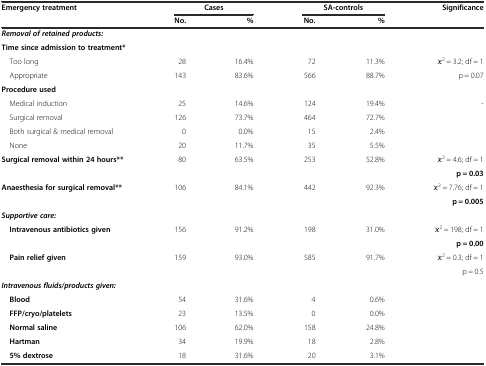
| <ROWSPAN=2> Emergency treatment |  | Cases |  | SA-controls | Significance |
 | No. | % | No. | % |  |
 | --- | --- | --- | --- | --- | --- |
 | <COLSPAN=6> Removal of retained products: |
 | Time since admission to treatment* |  |  |  |  |  |
 | Too long | 28 | 16.4% | 72 | 11.3% | κ2 = 3.2; df = 1 |
 | Appropriate | 143 | 83.6% | 566 | 88.7% | p = 0.07 |
 | Procedure used |  |  |  |  |  |
 | Medical induction | 25 | 14.6% | 124 | 19.4% | - |
 | Surgical removal | 126 | 73.7% | 464 | 72.7% |  |
 | Both surgical & medical removal | 0 | 0.0% | 15 | 2.4% |  |
 | None | 20 | 11.7% | 35 | 5.5% |  |
 | <ROWSPAN=2> Surgical removal within 24 hours** | <ROWSPAN=2> 80 | <ROWSPAN=2> 63.5% | <ROWSPAN=2> 253 | <ROWSPAN=2> 52.8% | κ2 = 4.6; df = 1 |
 | p = 0.03 |
 | <ROWSPAN=2> Anaesthesia for surgical removal** | <ROWSPAN=2> 106 | <ROWSPAN=2> 84.1% | <ROWSPAN=2> 442 | <ROWSPAN=2> 92.3% | κ2 = 7.76; df = 1 |
 | p = 0.005 |
 | Supportive care: |  |  |  |  |  |
 | <ROWSPAN=2> Intravenous antibiotics given | <ROWSPAN=2> 156 | <ROWSPAN=2> 91.2% | <ROWSPAN=2> 198 | <ROWSPAN=2> 31.0% | κ2 = 198; df = 1 |
 | p = 0.00 |
 | <ROWSPAN=2> Pain relief given | <ROWSPAN=2> 159 | <ROWSPAN=2> 93.0% | <ROWSPAN=2> 585 | <ROWSPAN=2> 91.7% | κ2 = 0.3; df = 1 |
 | p = 0.5 |
 | Intravenous fluids/products given: |  |  |  |  |  |
 | Blood | 54 | 31.6% | 4 | 0.6% |  |
 | FFP/cryo/platelets | 23 | 13.5% | 0 | 0.0% |  |
 | Normal saline | 106 | 62.0% | 158 | 24.8% |  |
 | Hartman | 34 | 19.9% | 18 | 2.8% |  |
 | 5% dextrose | 18 | 31.6% | 20 | 3.1% |  |